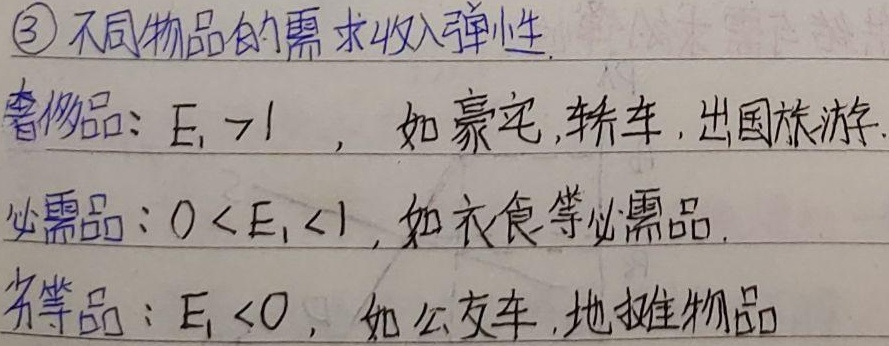
\textcircled{3} 不同物品的需求收入弹性
奢侈品：$E_{I} > 1$ ，如豪宅、轿车、出国旅游等。
必需品：$0 < E_{I} < 1$ ，如衣食等必需品。
劣等品：$E_{I} < 0$ ，如公交车、地摊物品。